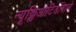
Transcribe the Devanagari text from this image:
न्यूक्लिऔटिडोंवाले